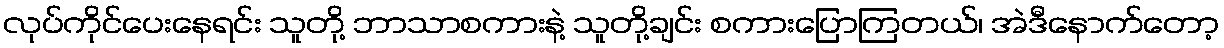
လုပ်ကိုင်ပေးနေရင်း သူတို့ ဘာသာစကားနဲ့ သူတို့ချင်း စကားပြောကြတယ်၊ အဲဒီနောက်တော့